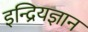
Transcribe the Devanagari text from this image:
इन्द्रियज्ञान